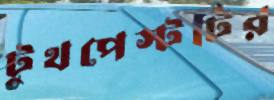
টুথপেস্টটির